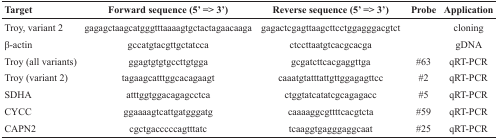
| Target | Forward sequence (5’ => 3’) | Reverse sequence (5’ => 3’) | Probe | Application |
 | --- | --- | --- | --- | --- |
 | Troy, variant 2 | gagagctaagcatgggtttaaaagtgctactagaacaaga | gagactcgagttaagcttcctggagggacgtct |  | cloning |
 | β-actin | gccatgtacgttgctatcca | ctccttaatgtcacgcacga |  | gDNA |
 | Troy (all variants) | ggagtgtgtgccttgtgga | gcgatcttcacgaggttga | #63 | qRT-PCR |
 | Troy (variant 2) | tagaagcatttggcacagaagt | caaatgtatttattgttggagagttcc | #2 | qRT-PCR |
 | SDHA | atttggtggacagagcctca | ctggtatcatatcgcagagacc | #5 | qRT-PCR |
 | CYCC | ggaaaagtcattgatgggatg | caaaaggcgttttcacgtcta | #59 | qRT-PCR |
 | CAPN2 | cgctgacccccagtttatc | tcaaggtgagggaggcaat | #25 | qRT-PCR |